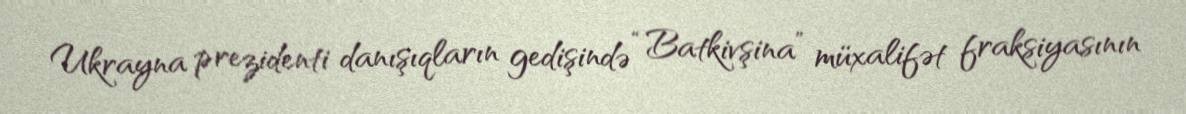
Ukrayna prezidenti danışıqların gedişində “Batkivşina” müxalifət fraksiyasının